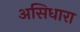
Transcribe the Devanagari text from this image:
असिधारा